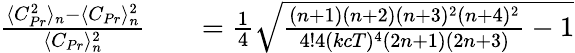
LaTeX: \begin{array}{rlr}{\frac{\langle C_{Pr}^{2}\rangle_{n}-\langle C_{Pr}\rangle_{n}^{2}}{\langle C_{Pr}\rangle_{n}^{2}}}&{{}}&{=\frac{1}{4}\sqrt{\frac{(n+1)(n+2)(n+3)^{2}(n+4)^{2}}{4!4(kcT)^{4}(2n+1)(2n+3)}-1}}\end{array}